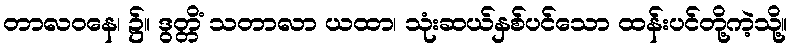
တာလဝနေ၊ ၌။ ဒွတ္တိံ သတာလာ ယထာ၊ သုံးဆယ်နှစ်ပင်သော ထန်းပင်တို့ကဲ့သို့။